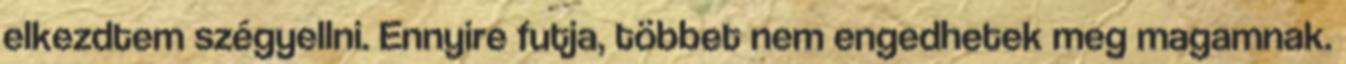
elkezdtem szégyellni. Ennyire futja, többet nem engedhetek meg magamnak.